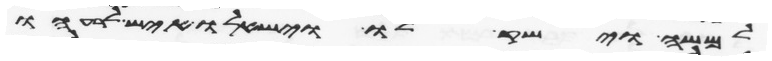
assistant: למשה וישק לו וישאלו איש לרעהו